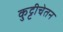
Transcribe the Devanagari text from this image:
कुट्टीचेतन